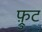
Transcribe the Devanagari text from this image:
फ़्रुट